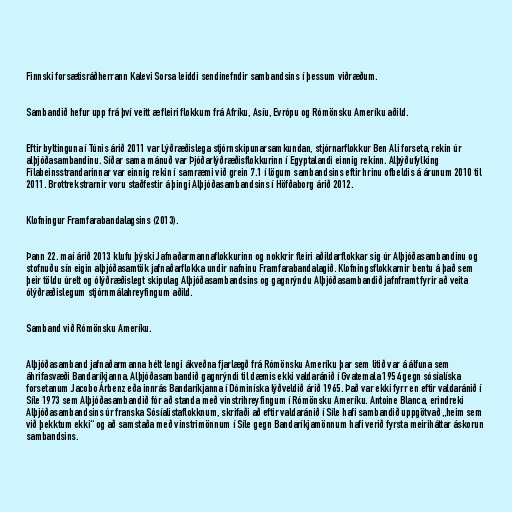
Finnski forsætisráðherrann Kalevi Sorsa leiddi sendinefndir sambandsins í þessum viðræðum.

Sambandið hefur upp frá því veitt æ fleiri flokkum frá Afríku, Asíu, Evrópu og Rómönsku Ameríku aðild.

Eftir byltinguna í Túnis árið 2011 var Lýðræðislega stjórnskipunarsamkundan, stjórnarflokkur Ben Ali forseta, rekin úr
alþjóðasambandinu. Síðar sama mánuð var Þjóðarlýðræðisflokkurinn í Egyptalandi einnig rekinn. Alþýðufylking
Fílabeinsstrandarinnar var einnig rekin í samræmi við grein 7.1 í lögum sambandsins eftir hrinu ofbeldis á árunum 2010 til
2011. Brottrekstrarnir voru staðfestir á þingi Alþjóðasambandsins í Höfðaborg árið 2012.

Klofningur Framfarabandalagsins (2013).

Þann 22. maí árið 2013 klufu þýski Jafnaðarmannaflokkurinn og nokkrir fleiri aðildarflokkar sig úr Alþjóðasambandinu og
stofnuðu sín eigin alþjóðasamtök jafnaðarflokka undir nafninu Framfarabandalagið. Klofningsflokkarnir bentu á það sem
þeir töldu úrelt og ólýðræðislegt skipulag Alþjóðasambandsins og gagnrýndu Alþjóðasambandið jafnframt fyrir að veita
ólýðræðislegum stjórnmálahreyfingum aðild.

Samband við Rómönsku Ameríku.

Alþjóðasamband jafnaðarmanna hélt lengi ákveðna fjarlægð frá Rómönsku Ameríku þar sem litið var á álfuna sem
áhrifasvæði Bandaríkjanna. Alþjóðasambandið gagnrýndi til dæmis ekki valdaránið í Gvatemala 1954 gegn sósíalíska
forsetanum Jacobo Árbenz eða innrás Bandaríkjanna í Dóminíska lýðveldið árið 1965. Það var ekki fyrr en eftir valdaránið í
Síle 1973 sem Alþjóðasambandið fór að standa með vinstrihreyfingum í Rómönsku Ameríku. Antoine Blanca, erindreki
Alþjóðasambandsins úr franska Sósíalistaflokknum, skrifaði að eftir valdaránið í Síle hafi sambandið uppgötvað „heim sem
við þekktum ekki“ og að samstaða með vinstrimönnum í Síle gegn Bandaríkjamönnum hafi verið fyrsta meiriháttar áskorun
sambandsins.